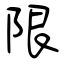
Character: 限